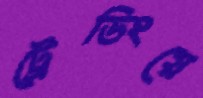
ট্রেডিংয়ে